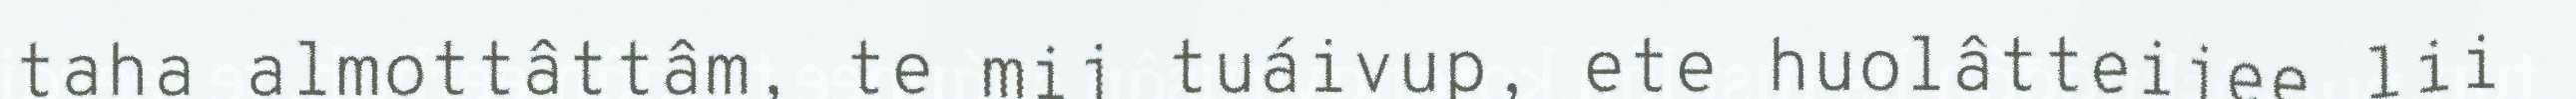
taha almottâttâm, te mij tuáivup, ete huolâtteijee lii